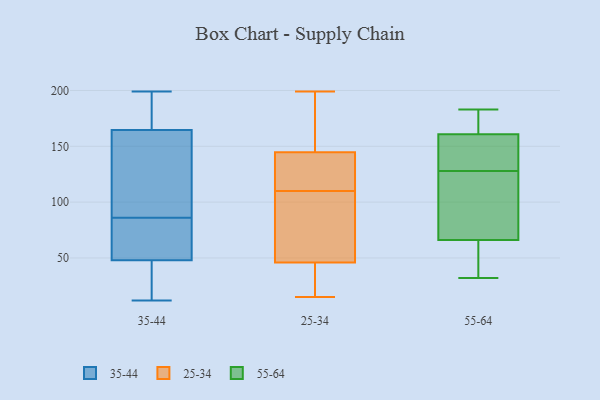
{"axis": {"x": "Satisfaction Score", "y": "Value"}, "legend": ["25-34", "35-44", "55-64"], "data": [{"x": "", "y": 157, "type": "35-44"}, {"x": "", "y": 32, "type": "35-44"}, {"x": "", "y": 172, "type": "35-44"}, {"x": "", "y": 87, "type": "35-44"}, {"x": "", "y": 56, "type": "35-44"}, {"x": "", "y": 105, "type": "35-44"}, {"x": "", "y": 12, "type": "35-44"}, {"x": "", "y": 199, "type": "35-44"}, {"x": "", "y": 73, "type": "35-44"}, {"x": "", "y": 78, "type": "35-44"}, {"x": "", "y": 40, "type": "35-44"}, {"x": "", "y": 108, "type": "35-44"}, {"x": "", "y": 25, "type": "35-44"}, {"x": "", "y": 175, "type": "35-44"}, {"x": "", "y": 85, "type": "35-44"}, {"x": "", "y": 194, "type": "35-44"}, {"x": "", "y": 90, "type": "25-34"}, {"x": "", "y": 187, "type": "25-34"}, {"x": "", "y": 15, "type": "25-34"}, {"x": "", "y": 119, "type": "25-34"}, {"x": "", "y": 132, "type": "25-34"}, {"x": "", "y": 183, "type": "25-34"}, {"x": "", "y": 110, "type": "25-34"}, {"x": "", "y": 48, "type": "25-34"}, {"x": "", "y": 73, "type": "25-34"}, {"x": "", "y": 199, "type": "25-34"}, {"x": "", "y": 126, "type": "25-34"}, {"x": "", "y": 40, "type": "25-34"}, {"x": "", "y": 35, "type": "25-34"}, {"x": "", "y": 99, "type": "55-64"}, {"x": "", "y": 32, "type": "55-64"}, {"x": "", "y": 46, "type": "55-64"}, {"x": "", "y": 179, "type": "55-64"}, {"x": "", "y": 128, "type": "55-64"}, {"x": "", "y": 123, "type": "55-64"}, {"x": "", "y": 160, "type": "55-64"}, {"x": "", "y": 70, "type": "55-64"}, {"x": "", "y": 54, "type": "55-64"}, {"x": "", "y": 163, "type": "55-64"}, {"x": "", "y": 155, "type": "55-64"}, {"x": "", "y": 151, "type": "55-64"}, {"x": "", "y": 183, "type": "55-64"}]}